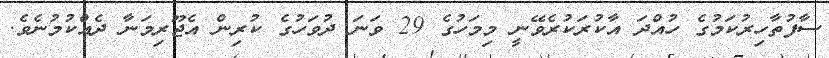
ސާފުތާހިރުކަމުގެ ހުއްދަ އާކުރަކުރެވޭނީ މިމަހުގެ 29 ވަނަ ދުވަހުގެ ކުރިން އެޖޫރިމަނާ ދެއްކުމުނެވެ.